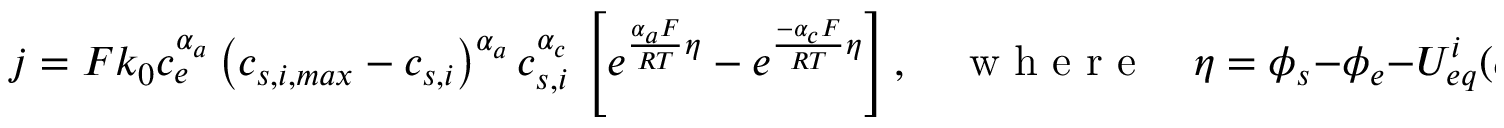
j = F k _ { 0 } c _ { e } ^ { \alpha _ { a } } \left( c _ { s , i , m a x } - c _ { s , i } \right) ^ { \alpha _ { a } } c _ { s , i } ^ { \alpha _ { c } } \, \left[ e ^ { \frac { \alpha _ { a } F } { R T } \eta } - e ^ { \frac { - \alpha _ { c } F } { R T } \eta } \right] , \quad \textrm { w h e r e } \quad \eta = \phi _ { s } - \phi _ { e } - { U _ { e q } ^ { i } } ( c _ { s , i } ) ,